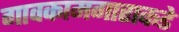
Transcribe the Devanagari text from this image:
गावकामगाराकडे